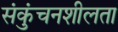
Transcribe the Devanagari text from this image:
संकुंचनशीलता